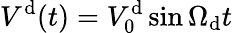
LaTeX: V^{\mathrm{d}}(t)=V_{0}^{\mathrm{d}}\sin\Omega_{\mathrm{d}}t